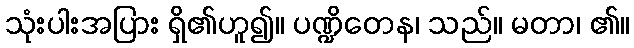
သုံးပါးအပြား ရှိ၏ဟူ၍။ ပဏ္ဍိတေန၊ သည်။ မတာ၊ ၏။